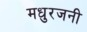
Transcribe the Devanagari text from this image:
मधुरजनी